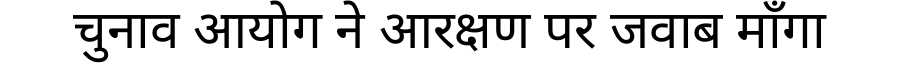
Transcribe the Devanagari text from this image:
चुनाव आयोग ने आरक्षण पर जवाब माँगा